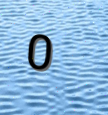
0